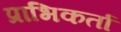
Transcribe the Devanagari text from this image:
प्राभिकर्ता